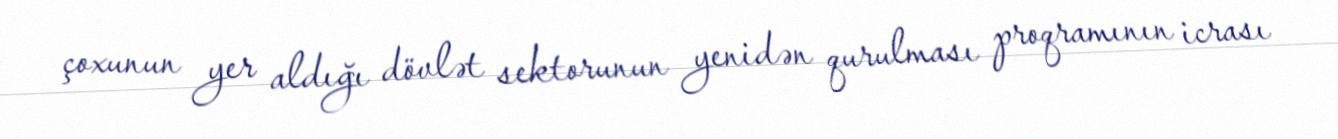
çoxunun yer aldığı dövlət sektorunun yenidən qurulması proqramının icrası